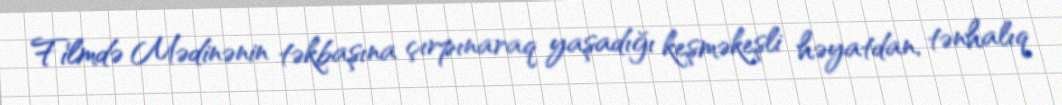
Filmdə Mədinənin təkbaşına çırpınaraq yaşadığı keşməkeşli həyatdan, tənhalıq